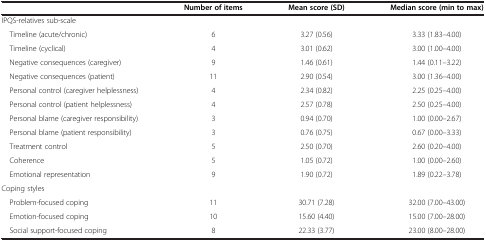
|  | Number of items | Mean score (SD) | Median score (min to max) |
 | --- | --- | --- | --- |
 | IPQS-relatives sub-scale |  |  |  |
 | Timeline (acute/chronic) | 6 | 3.27 (0.56) | 3.33 (1.83–4.00) |
 | Timeline (cyclical) | 4 | 3.01 (0.62) | 3.00 (1.00–4.00) |
 | Negative consequences (caregiver) | 9 | 1.46 (0.61) | 1.44 (0.11–3.22) |
 | Negative consequences (patient) | 11 | 2.90 (0.54) | 3.00 (1.36–4.00) |
 | Personal control (caregiver helplessness) | 4 | 2.34 (0.82) | 2.25 (0.25–4.00) |
 | Personal control (patient helplessness) | 4 | 2.57 (0.78) | 2.50 (0.25–4.00) |
 | Personal blame (caregiver responsibility) | 3 | 0.94 (0.70) | 1.00 (0.00–2.67) |
 | Personal blame (patient responsibility) | 3 | 0.76 (0.75) | 0.67 (0.00–3.33) |
 | Treatment control | 5 | 2.50 (0.70) | 2.60 (0.20–4.00) |
 | Coherence | 5 | 1.05 (0.72) | 1.00 (0.00–2.60) |
 | Emotional representation | 9 | 1.90 (0.72) | 1.89 (0.22–3.78) |
 | Coping styles |  |  |  |
 | Problem-focused coping | 11 | 30.71 (7.28) | 32.00 (7.00–43.00) |
 | Emotion-focused coping | 10 | 15.60 (4.40) | 15.00 (7.00–28.00) |
 | Social support-focused coping | 8 | 22.33 (3.77) | 23.00 (8.00–28.00) |